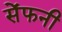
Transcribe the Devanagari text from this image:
सेंफनी